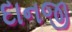
દાનજી